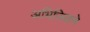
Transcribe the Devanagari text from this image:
अभिजितने